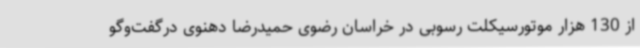
از 130 هزار موتورسیکلت رسوبی در خراسان رضوی حمیدرضا دهنوی درگفت‌وگو